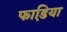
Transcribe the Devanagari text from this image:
फाडि़या